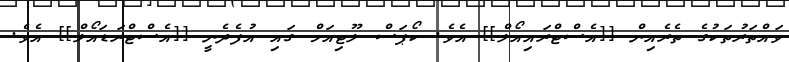
ވައްތަރުތަކުގެ ތެރެއިން [[އެސްޓްރައިއޯލް]] އެވެ. ކޯޕަސް ލޫޓިއަމް ގައި އުފެދެނީ [[އެސްޓްރަޑައޯލް]] އެވެ.